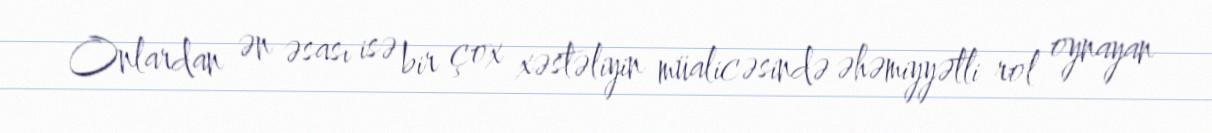
Onlardan ən əsası isə bir çox xəstəliyin müalicəsində əhəmiyyətli rol oynayan